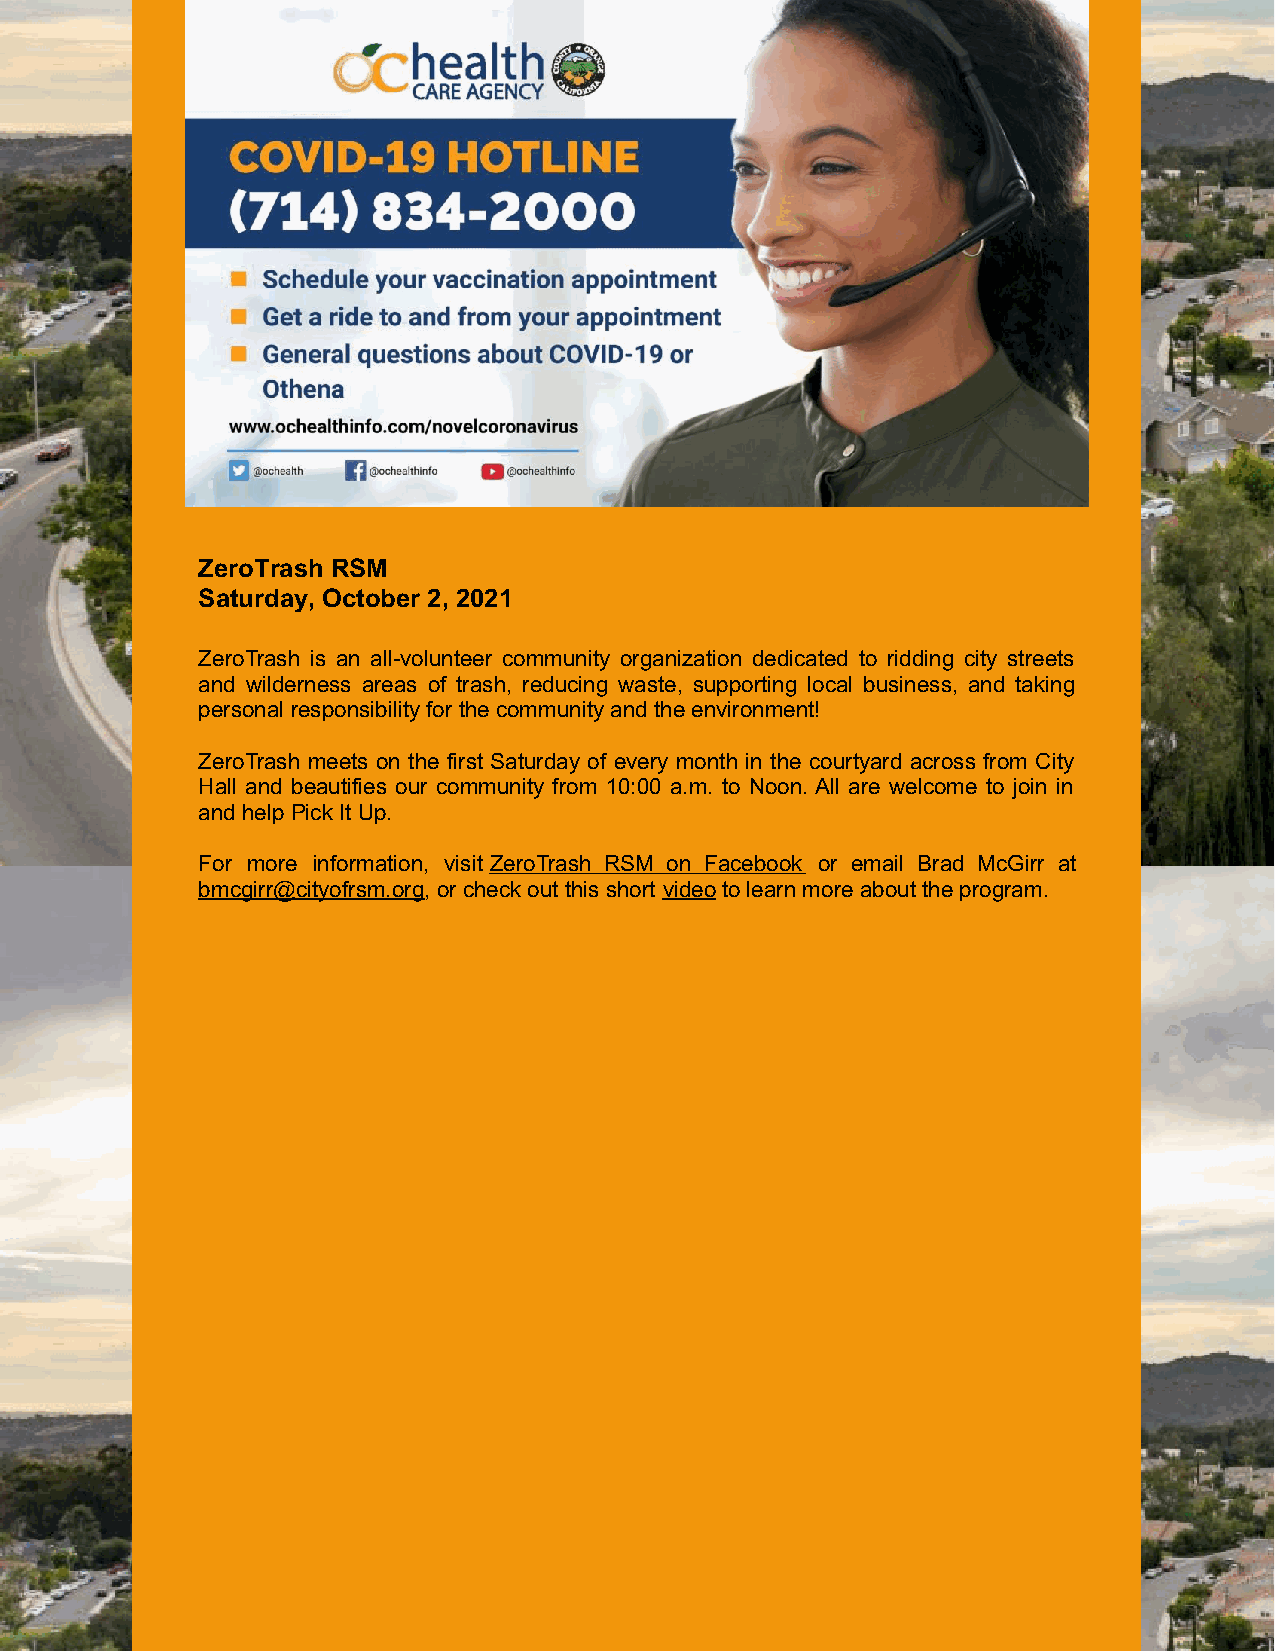
ZeroTrash RSM
 Saturday, October 2, 2021
 ZeroTrash is an all-volunteer community organization dedicated to ridding city streets
 and wilderness areas of trash, reducing waste, supporting local business, and taking
 personal responsibility for the community and the environment!
 ZeroTrash meets on the first Saturday of every month in the courtyard across from City
 Hall and beautifies our community from 10:00 a.m. to Noon. All are welcome to join in
 and help Pick It Up.
 For more information, visit ZeroTrash RSM on Facebook or email Brad McGirr at
 bmcgirr@cityofrsm.org, or check out this short video to learn more about the program.